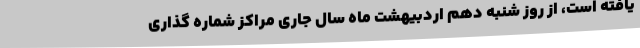
یافته است، از روز شنبه دهم اردبیهشت ماه سال جاری مراکز شماره گذاری